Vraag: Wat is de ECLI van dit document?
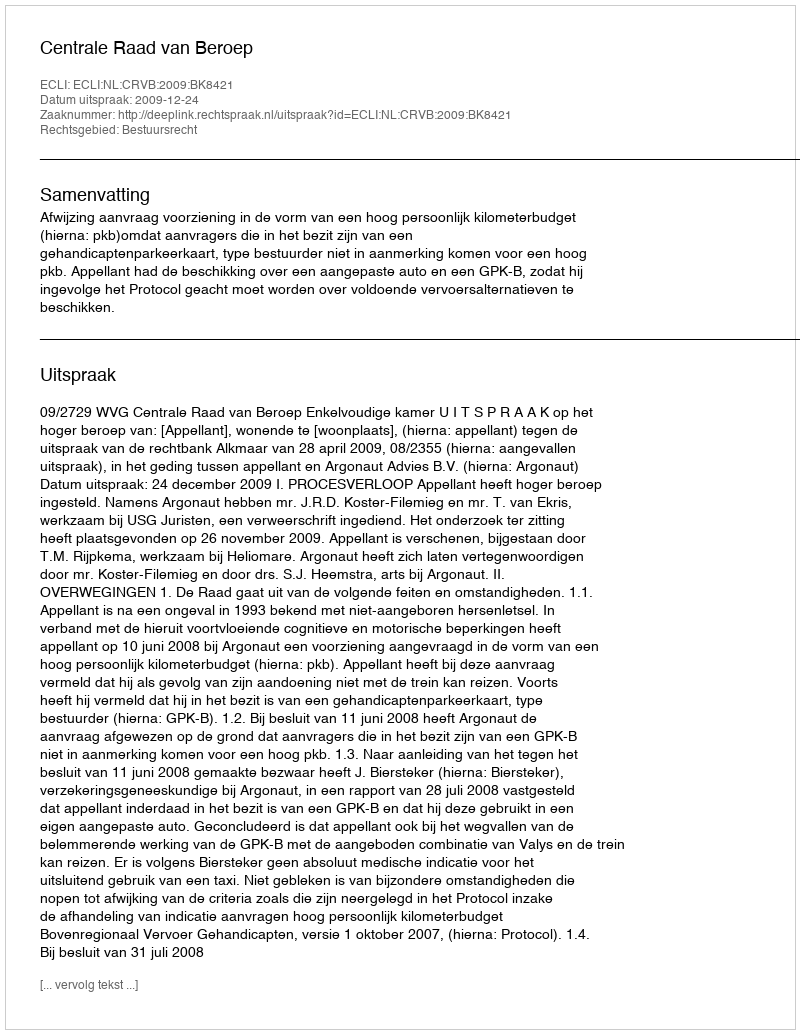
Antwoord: ECLI:NL:CRVB:2009:BK8421